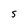
Character: S